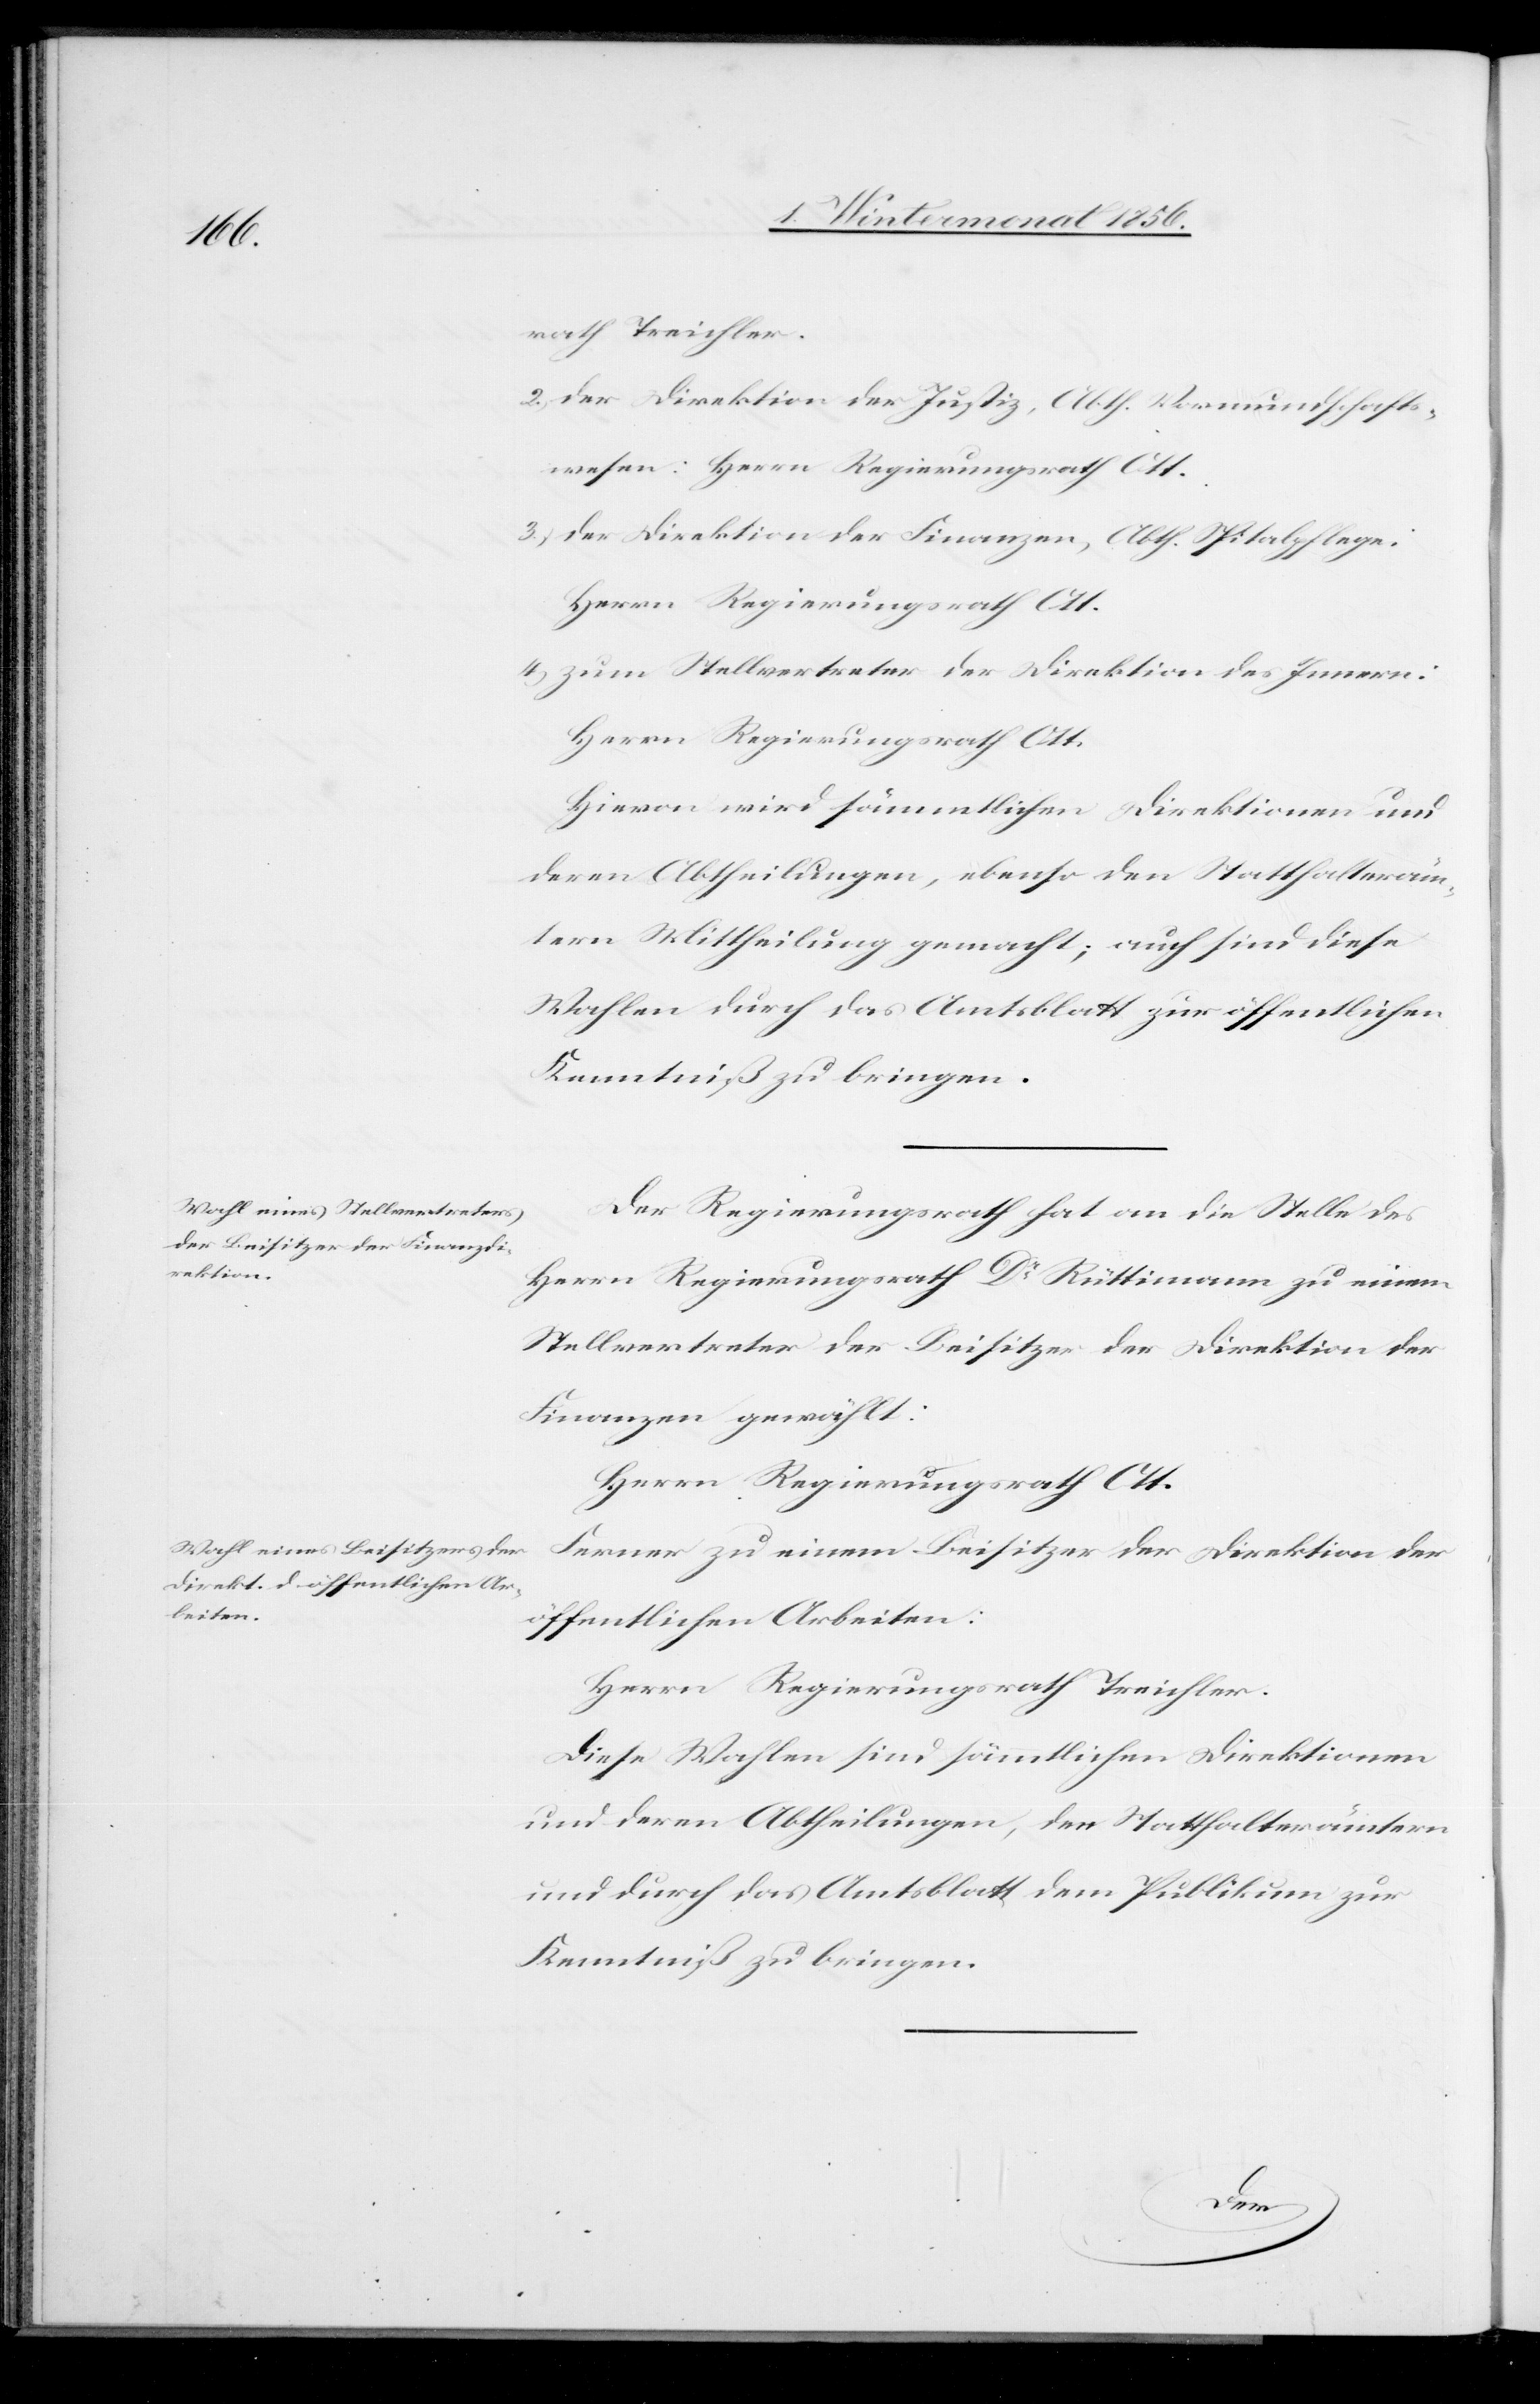
rath Treichler.
2.) der Direktion der Justiz, Abth. Vormundschafts¬
wesen: Herrn Regierungsrath Ott.
3.) der Direktion der Finanzen, Abth. Spitalpflege:
Herrn Regierungsrath Ott.
4.) zum Stellvertreter der Direktion des Innern:
Herrn Regierungsrath Ott.
Hievon wird sämmtlichen Direktionen und
deren Abtheilungen, ebenso den Statthalteräm¬
tern Mittheilung gemacht; auch sind diese
Wahlen durch das Amtsblatt zur öffentlichen
Kenntniß zu bringen.
Der Regierungsrath hat die Stelle des
Herrn Regierungsrath Dr Rüttimann zu einem
Stellvertreter der Beisitzer der Direktion der
Finanzen gewählt:
Herrn Regierungsrath Ott.
Ferner zu einem Beisitzer der Direktion der
öffentlichen Arbeiten:
Herrn Regierungsrath Treichler.
Diese Wahlen sind sämmtlichen Direktionen
und deren Abtheilungen, den Statthalterämtern
und durch das Amtsblatt dem Publikum zur
Kenntniß zu bringen.